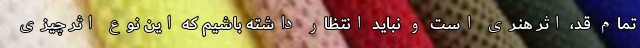
تمام قد، اثر هنری است و نباید انتظار داشته باشیم که این نوع اثر چیزی